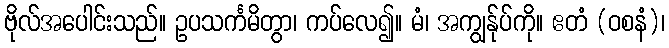
ဗိုလ်အပေါင်းသည်။ ဥပသင်္ကမိတွာ၊ ကပ်လေ၍။ မံ၊ အကျွန်ုပ်ကို။ ဧတံ (ဝစနံ)၊